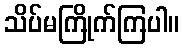
သိပ်မကြိုက်ကြပါ။